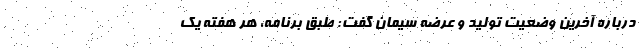
درباره آخرین وضعیت تولید و عرضه سیمان گفت: طبق برنامه، هر هفته یک